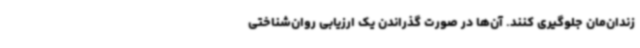
زندان‌مان جلوگیری کنند. آن‌ها در صورت گذراندن یک ارزیابی روان‌شناختی